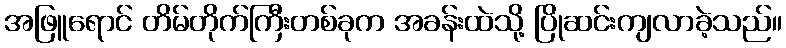
အဖြူရောင် တိမ်တိုက်ကြီးတစ်ခုက အခန်းထဲသို့ ပြိုဆင်းကျလာခဲ့သည်။